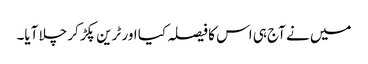
میں نے آج ہی اس کا فیصلہ کیا اور ٹرین پکڑ کر چلا آیا۔